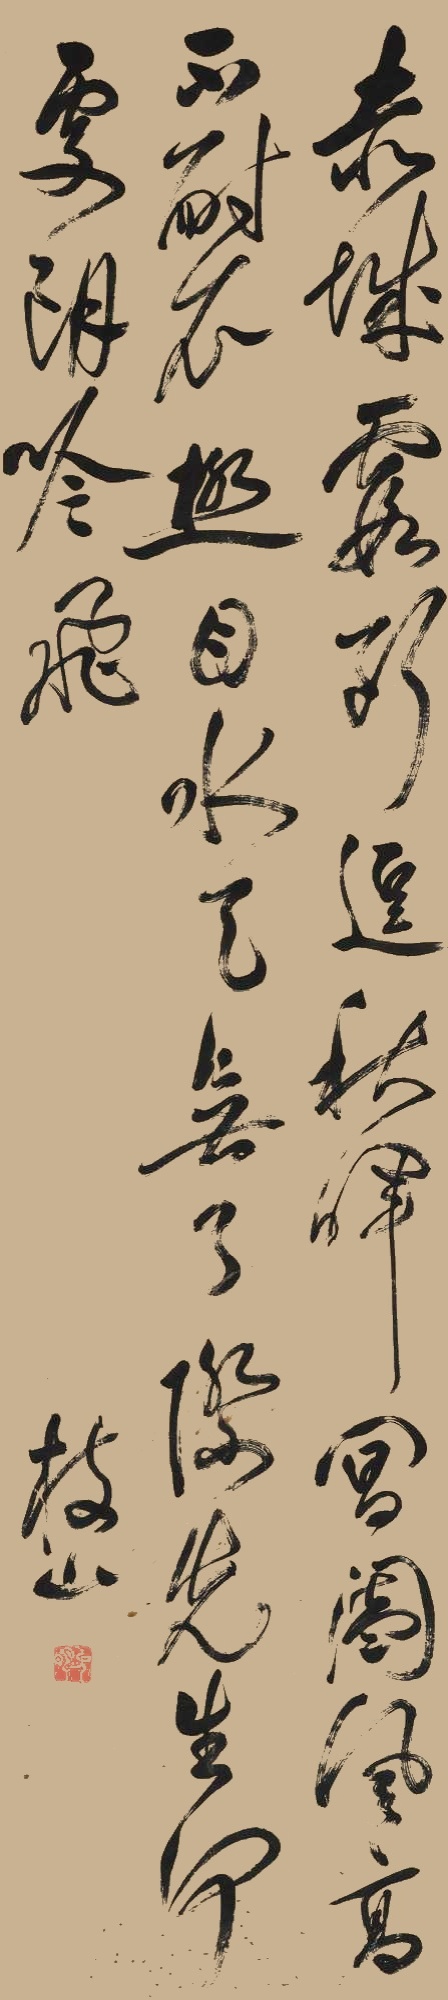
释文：赤城霞断逗秋晖，阊阖风高不耐衣。极目水天无了际，先生何处朗吟飞。枝山。